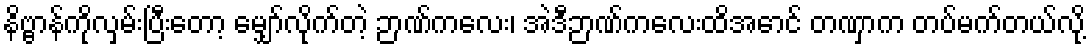
နိဗ္ဗာန်ကိုလှမ်းပြီးတော့ မျှော်လိုက်တဲ့ ဉာဏ်ကလေး၊ အဲဒီဉာဏ်ကလေးထိအောင် တဏှာက တပ်မက်တယ်လို့